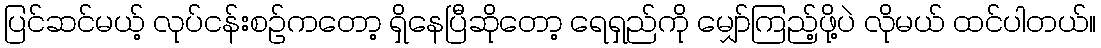
ပြင်ဆင်မယ့် လုပ်ငန်းစဉ်ကတော့ ရှိနေပြီဆိုတော့ ရေရှည်ကို မျှော်ကြည့်ဖို့ပဲ လိုမယ် ထင်ပါတယ်။